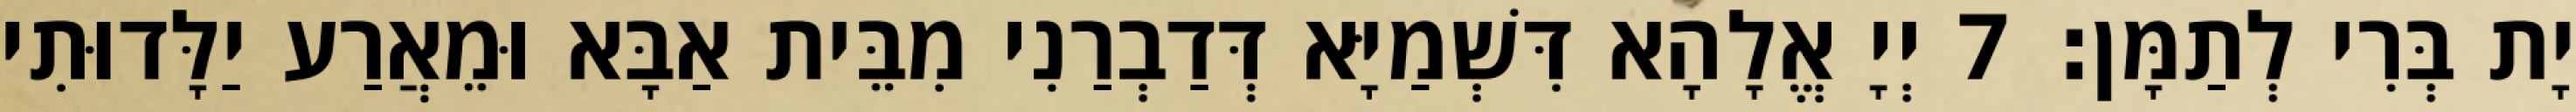
יָת בְּרִי לְתַמָּן׃ 7 יְיָ אֱלָהָא דִּשְׁמַיָּא דְּדַבְרַנִי מִבֵּית אַבָּא וּמֵאֲרַע יַלָּדוּתִי